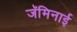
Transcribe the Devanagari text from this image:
जॅमिनाई